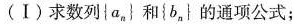
(Ⅰ)求数列{a_{n}}和{b_{n}}的通项公式；